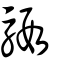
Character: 騢